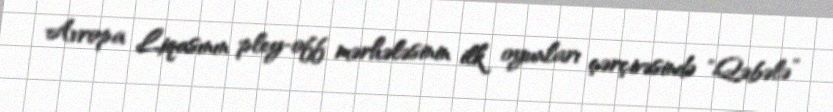
Avropa Liqasının pley-off mərhələsinin ilk oyunları çərçivəsində "Qəbələ”